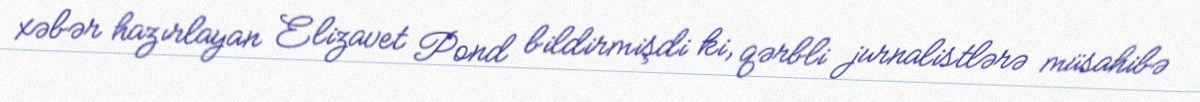
xəbər hazırlayan Elizavet Pond bildirmişdi ki, qərbli jurnalistlərə müsahibə